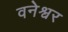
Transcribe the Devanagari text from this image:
वनेश्वर